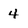
Character: 4